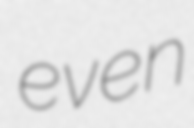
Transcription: even